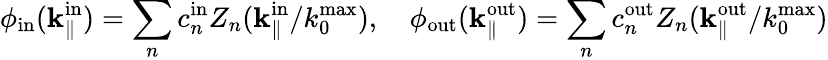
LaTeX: \phi_{\mathrm{in}}(\textbf{k}_{\parallel}^{\mathrm{in}})=\sum_{n}c_{n}^{\mathrm{in}}Z_{n}(\textbf{k}_{\parallel}^{\mathrm{in}}/k_{0}^{\mathrm{max}}),\quad\phi_{\mathrm{out}}(\textbf{k}_{\parallel}^{\mathrm{out}})=\sum_{n}c_{n}^{\mathrm{out}}Z_{n}(\textbf{k}_{\parallel}^{\mathrm{out}}/k_{0}^{\mathrm{max}})